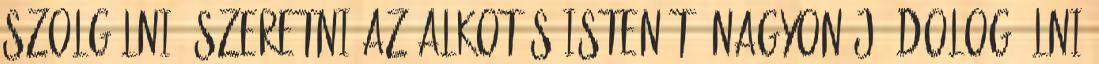
szolgálni, szeretni az alkotás Istenét. Nagyon jó dolog élni